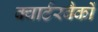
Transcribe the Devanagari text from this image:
क्वार्टरबैकों